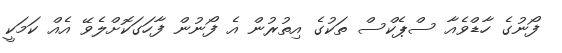
ފޯނުގެ ހާޑްވެއާ ސްޕެކްސް ތަކުގެ އިތުރުން އެ ފޯނުން ފާހަގަކޮށްލެވޭ އެއް ކަމަކީ